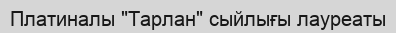
Платиналы "Тарлан" сыйлығы лауреаты